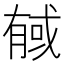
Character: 戫